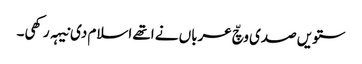
ستویں صدی وچّ عرباں نے اتھے اسلام دی نیہہ رکھی۔